Vaccination in the Punjab 1867-1880 - 1867-1880
Year: 1867
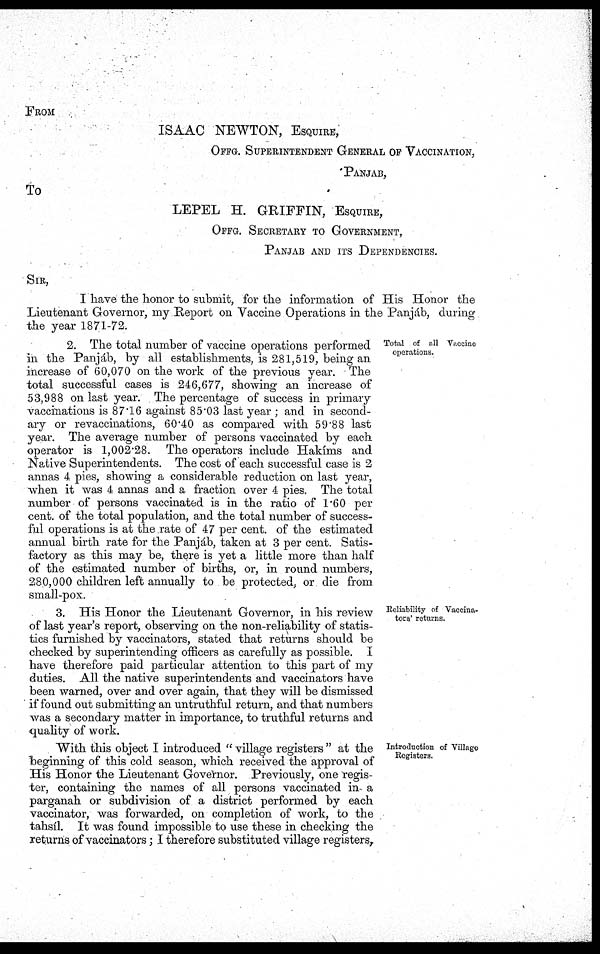
FROM
ISAAC NEWTON, ESQUIRE,
OFFG. SUPERINTENDENT GENERAL OF VACCINATION,
PANJAB,
To
LEPEL H. GRIFFIN, ESQUIRE,
OFFG. SECRETARY TO GOVERNMENT,
PANJAB AND ITS DEPENDENCIES.
SIR,
I have the honor to submit, for the information of His Honor the
Lieutenant Governor, my Report on Vaccine Operations in the Panjáb, during
the year 1871-72.
Total of all Vaccino
operations.
2. The total number of vaccine operations performed
in the Panjáb, by all establishments, is 281,519, being an
increase of 60,070 on the work of the previous year. The
total successful cases is 246,677, showing an increase of
53,988 on last year. The percentage of success in primary
vaccinations is 87.16 against 85.03 last year ; and in second-
ary or revaccinations, 60.40 as compared with 59.88 last
year. The average number of persons vaccinated by each
operator is 1,002.28. The operators include Hakíms and
Native Superintendents. The cost of each successful case is 2
annas 4 pies, showing a considerable reduction on last year,
when it was 4 annas and a fraction over 4 pies. The total
number of persons vaccinated is in the ratio of 1.60 per
cent. of the total population, and the total number of success-
ful operations is at the rate of 47 per cent. of the estimated
annual birth rate for the Panjáb, taken at 3 per cent. Satis-
factory as this may be, there is yet a little more than half
of the estimated number of births, or, in round numbers,
280,000 children left annually to be protected, or die from
small-pox.
Reliability of Vaccina¬
tors' returns.
3. His Honor the Lieutenant Governor, in his review
of last year's report, observing on the non-reliability of statis-
tics furnished by vaccinators, stated that returns should be
checked by superintending officers as carefully as possible. I
have therefore paid particular attention to this part of my
duties. All the native superintendents and vaccinators have
been warned, over and over again, that they will be dismissed
if found out submitting an untruthful return, and that numbers
was a secondary matter in importance, to truthful returns and
quality of work.
Introduction of Village
Registers.
With this object I introduced " village registers " at the
beginning of this cold season, which received the approval of
His Honor the Lieutenant Governor. Previously, one regis-
ter, containing the names of all persons vaccinated in a
parganah or subdivision of a district performed by each
vaccinator, was forwarded, on completion of work, to the
tahsíl. It was found impossible to use these in checking the
returns of vaccinators; I therefore substituted village registers,